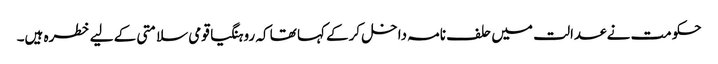
حکومت نے عدالت میں حلف نامہ داخل کرکے کہا تھا کہ روہنگیا قومی سلامتی کے لیے خطرہ ہیں۔